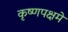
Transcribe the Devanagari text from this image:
कृष्णपक्षमे